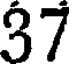
37